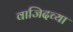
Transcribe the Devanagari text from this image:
वाजिदच्या